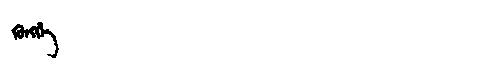
Manchu: ᡴᡠᠩᡤᡝ
Romanization: KUNGGE